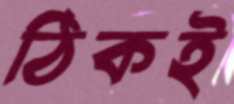
ঠিকই